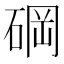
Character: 碙